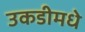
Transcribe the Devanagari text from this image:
उकडीमधे